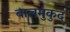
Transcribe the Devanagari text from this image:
बालमुंकुद